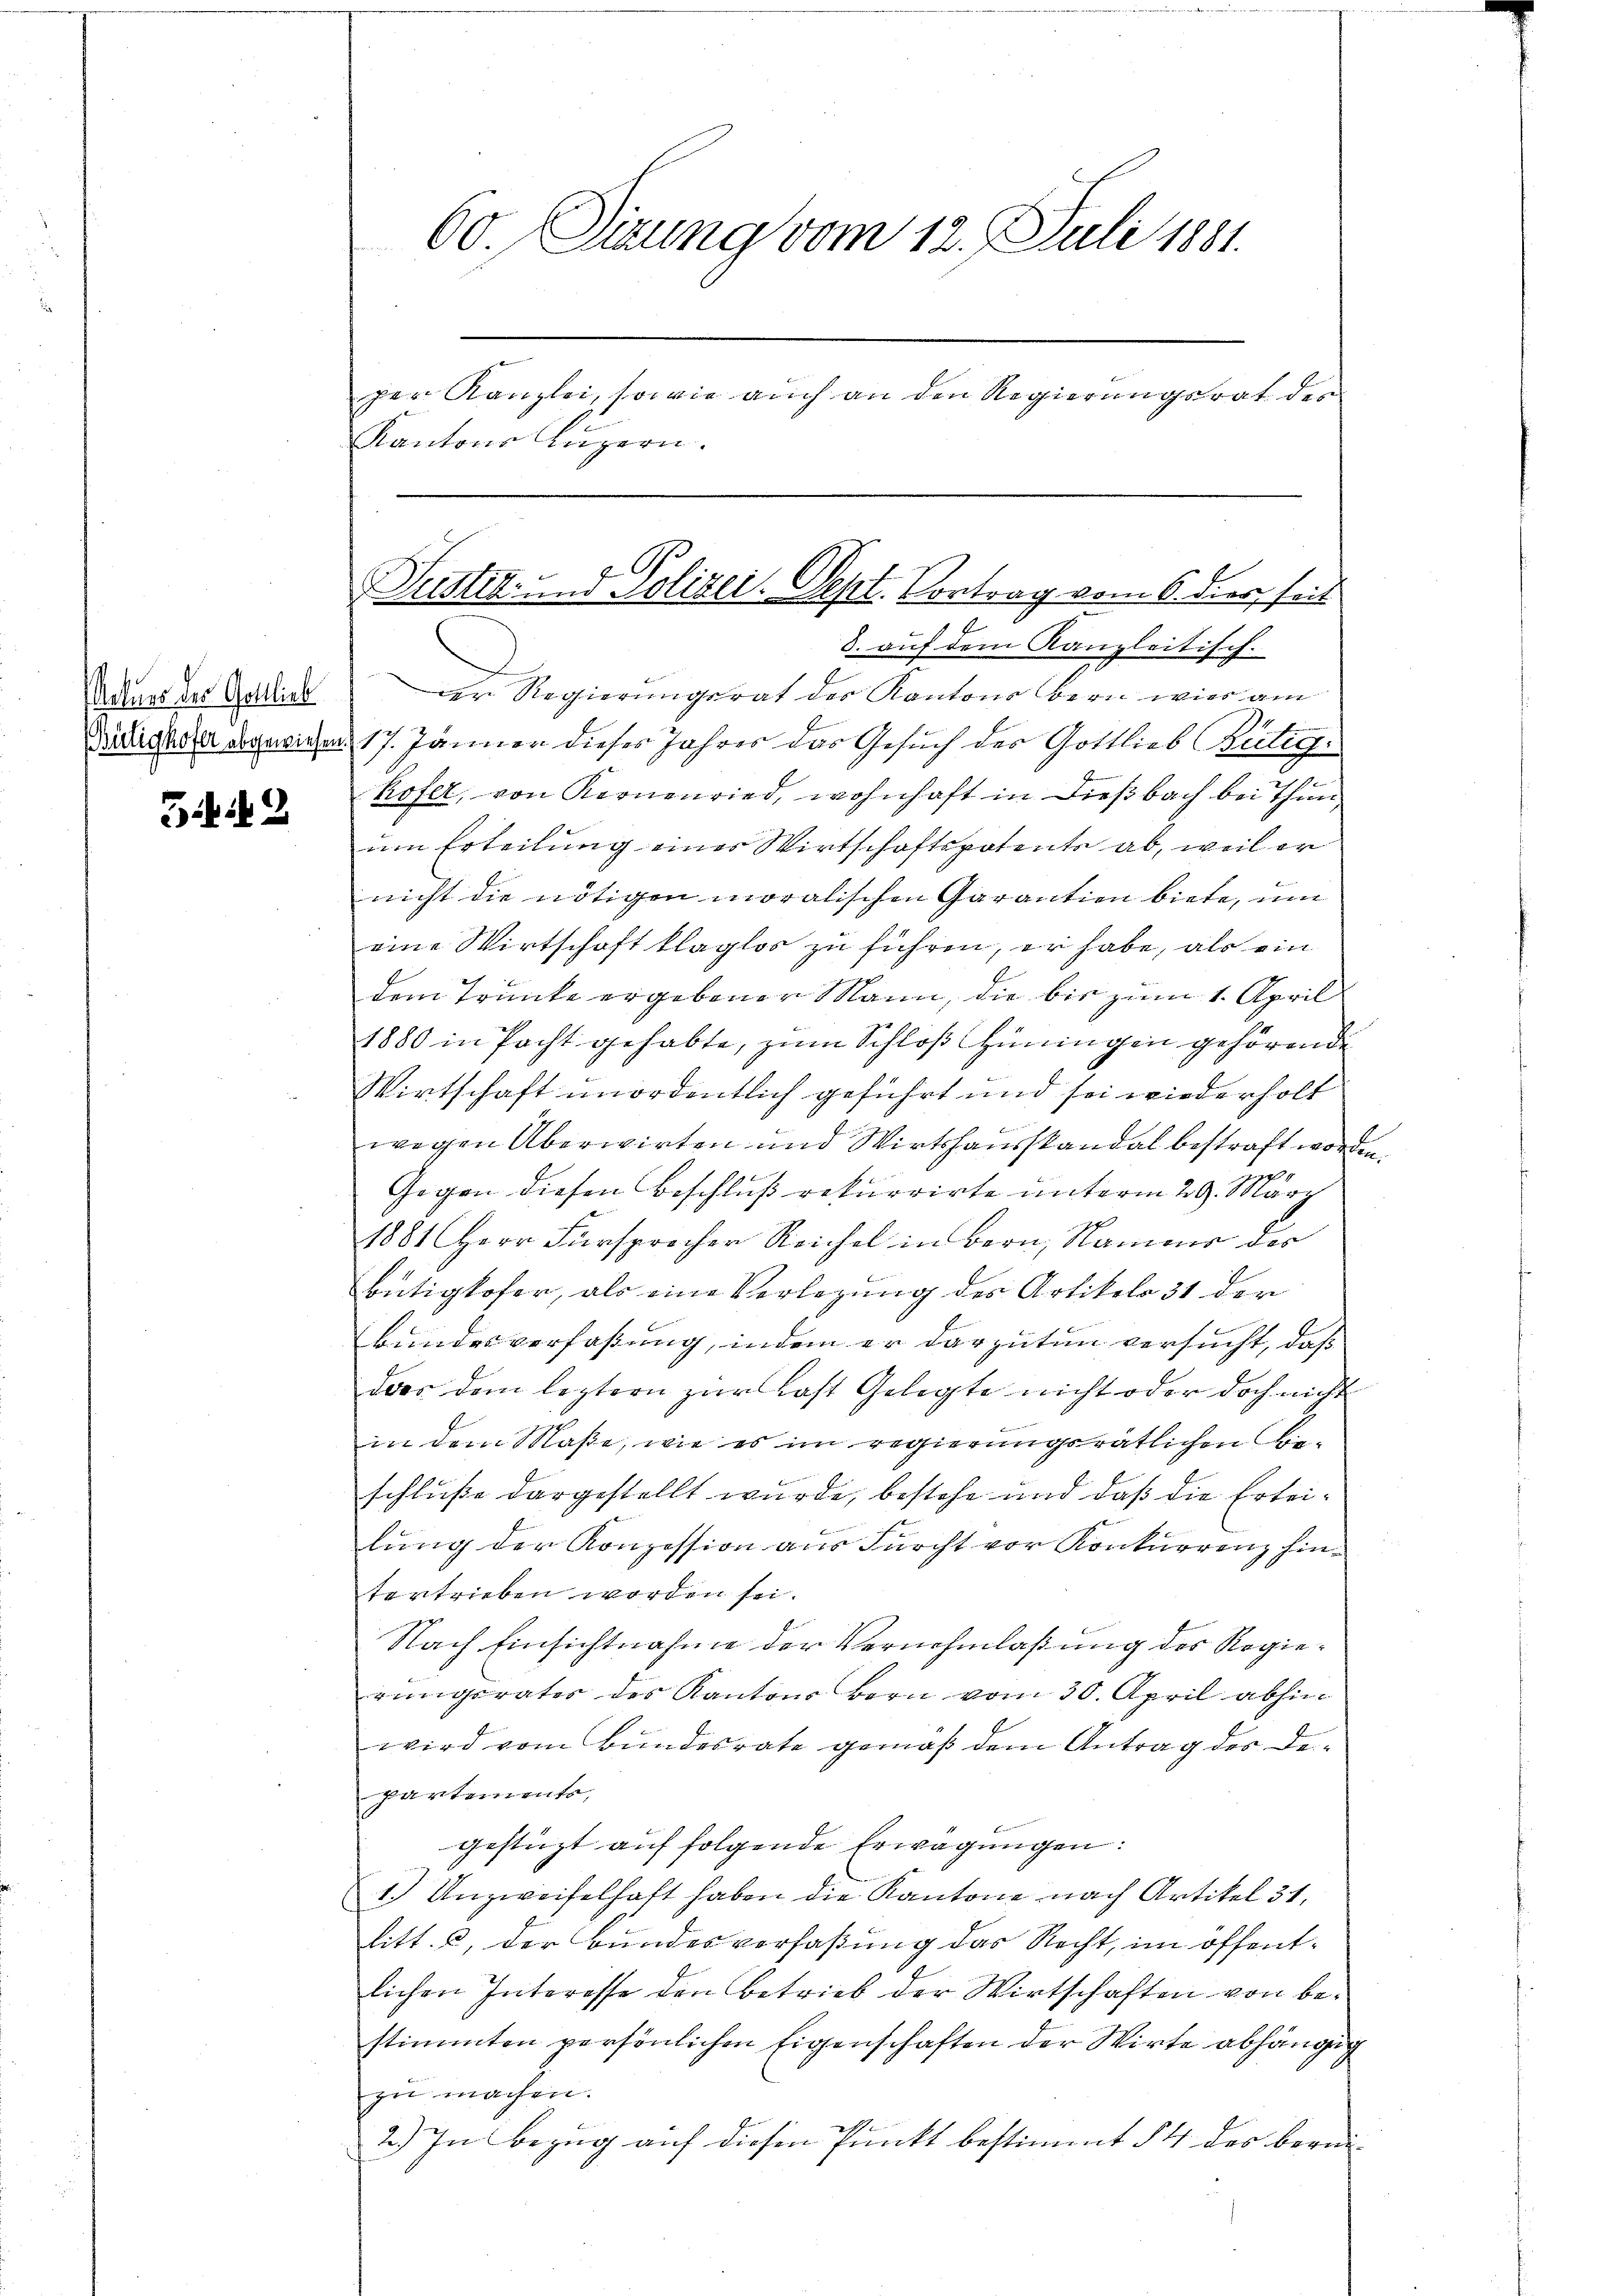
32

3. auf dem Kanzleitisch-
Wauer der Gottlich der Regierungsrat der Kantons bern wie am
Ditrigade abgewiesen 17. Jänner dieses Jahres das Gesuch des Gottlieb Bütig,
kofer, von Kernenried, wohnhaft in dießbach bei Thun,
um Erteilung einer Wirtschaftspatents ab, weil er
nicht die nötigen moralischen Garantien biete, um
eine Wirtschaft klaglos zu führen, er habe, als ein
dem Trunke ergebener Mann, die bis zum 1. April
1880 in Pacht gehabte, zum Schloß Hüningen gehörende
Wirtschaft unordentlich geführt und sei wiederholt
wegen Aberwirten und Wirtshausstandal bestraft worden.
4
Gegen diesen Beschluß rekurrirte unterm 29. März
1881 Herr Fürsprocher Reichel in Bern, Nammer der
bütigkofer, als eine Verlegung des Artikel 31 der
Bundesverfaßung, indem er darzutun versucht, daß
das dem leztern zur Last Gelegte nicht oder doch nicht
Ferner heute
in dem Maße, wie es im regierungsrätlichen Beschluße dargestellt wurde, bestehe und daß die Erleilung der Konzession aus Furcht vor Konkurrenz hintertrieben worden sei.
Nach Einsichtnahme der Vernehmlaßung des Regierungsrates des Kantons Bern vom 30. April abhin
wird vom Bundesrate gemäß dem Antrag der Departements,
gestüzt auf folgende Erwägungen:
1.) Unzweifelhaft haben die Kantone nach Artikel 31,
litt. c, der Bundesverfaßung das Recht, im öffentlichen Interesse den Betrieb der Wirtschaften von bestimmten persönlichen Eigenschaften der Wirte abhängig
zu machen.
2.) In Bezug auf diesen Punkt bestimmt § 4 des berei¬

60. Sizung vom 12. Juli 1881.
per Kanzlei, sowie auch an den Regierungsrat des
Kantons Luzern.

Justiz- und Polizei. Sept. Contrag vom 6. derseit
f